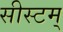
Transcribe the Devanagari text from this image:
सीस्टम्